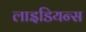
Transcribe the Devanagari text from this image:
लाइडियन्स